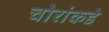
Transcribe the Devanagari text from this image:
चोरांकडे